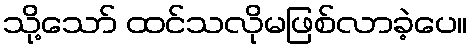
သို့သော် ထင်သလိုမဖြစ်လာခဲ့ပေ။